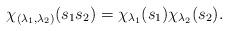
LaTeX: \begin{align*}\chi_{(\lambda_1,\lambda_2)}(s_1s_2)=\chi_{\lambda_1}(s_1)\chi_{\lambda_2}(s_2).\end{align*}